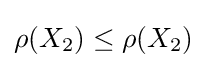
{\textstyle \rho (X_{2})\leq \rho (X_{2})}